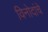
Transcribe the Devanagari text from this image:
विनोदांचे